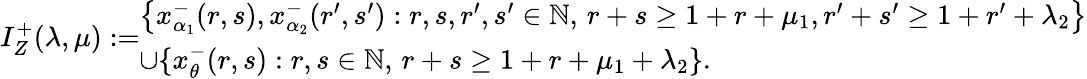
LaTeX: {I}_{Z}^{+}(\lambda,\mu):=\begin{array}{l}{\left\lbrace x_{\alpha_{1}}^{-}(r,s),x_{\alpha_{2}}^{-}(r^{\prime},s^{\prime}):r,s,r^{\prime},s^{\prime}\in\mathbb N,\, r+s\geq 1+r+\mu_{1},r^{\prime}+s^{\prime}\geq 1+r^{\prime}+\lambda_{2}\right\rbrace}\\ {\cup\{ x_{\theta}^{-}(r,s):r,s\in\mathbb N,\, r+s\geq 1+r+\mu_{1}+\lambda_{2}\} .}\end{array}